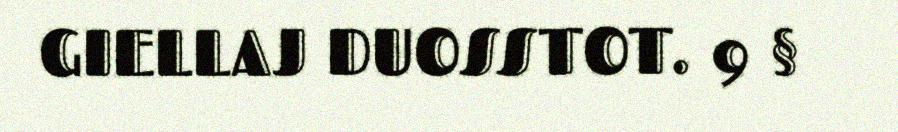
GIELLAJ DUOSSTOT. 9 §